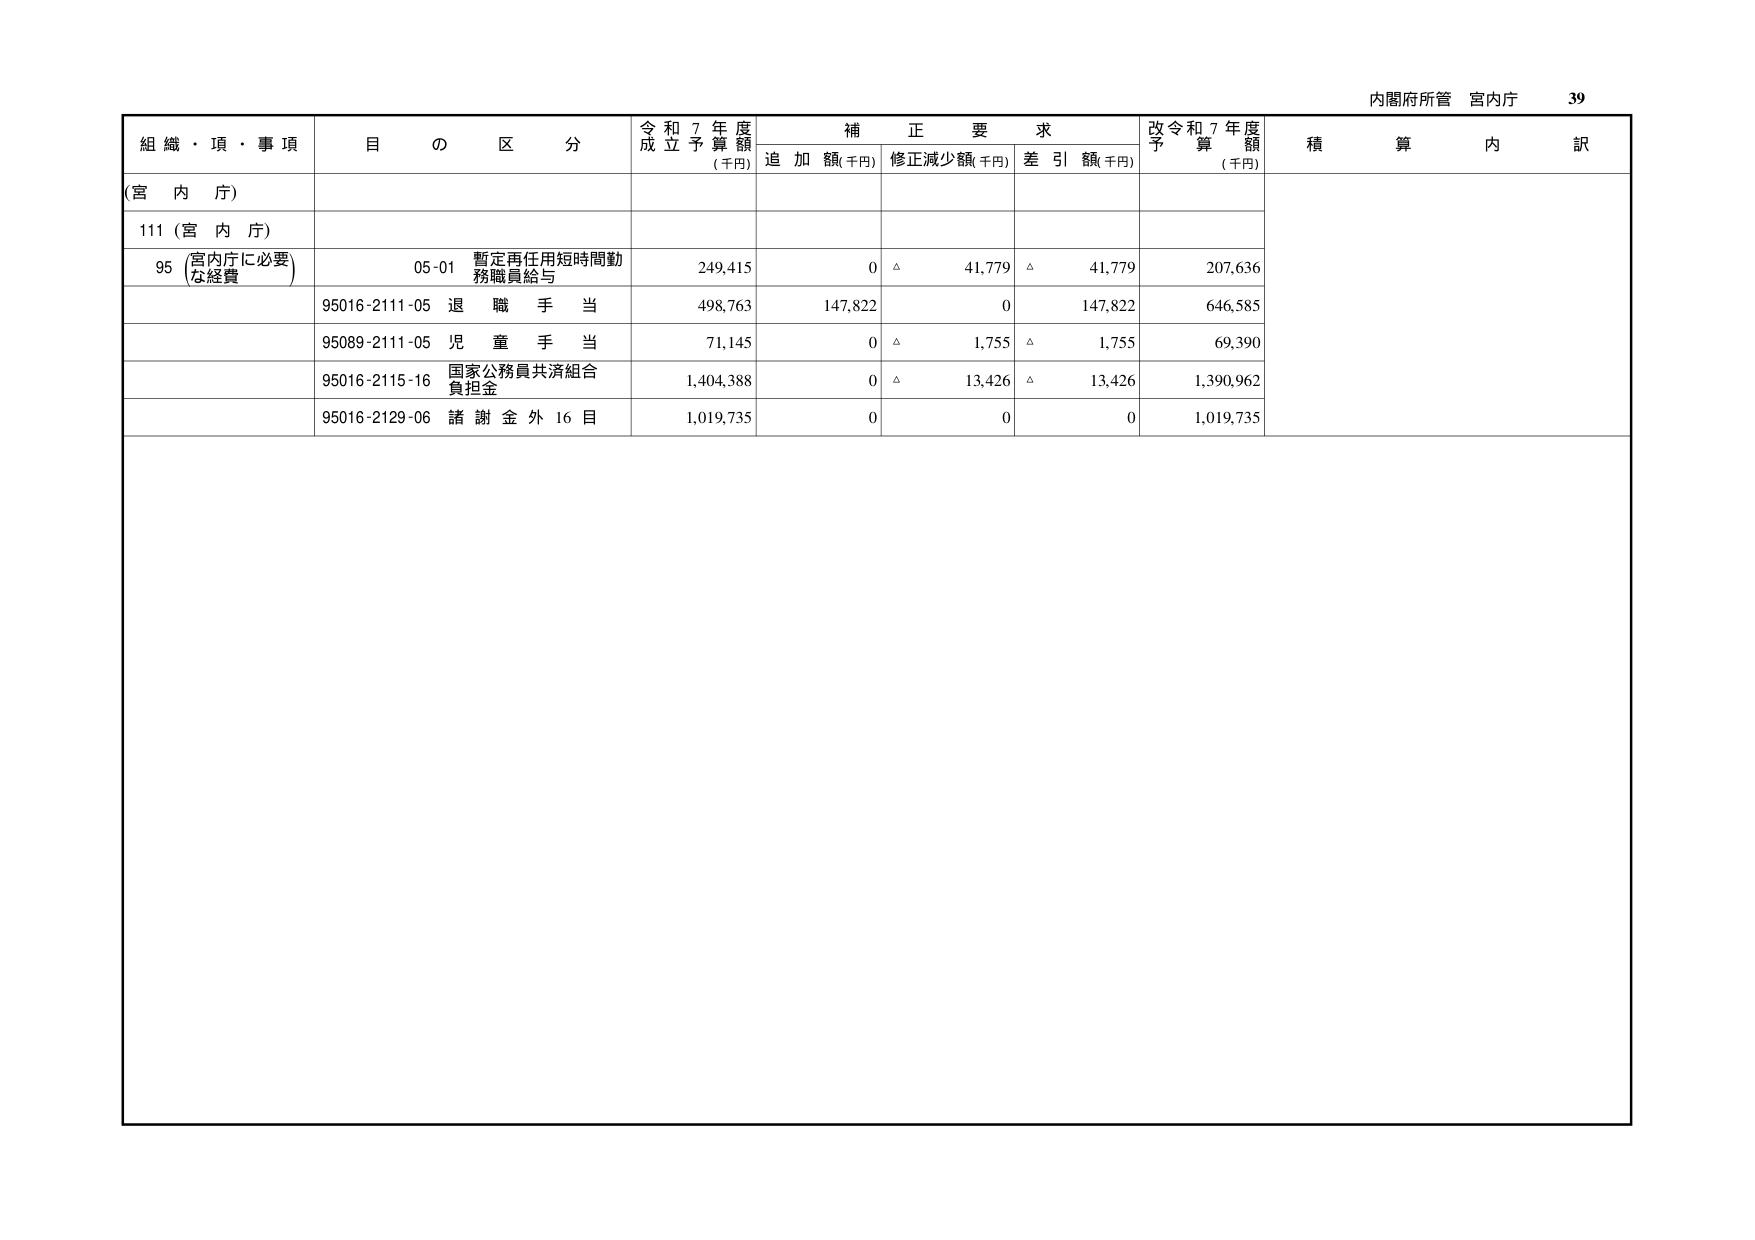
内閣府所管 宮内庁 39
組織・頂・事項 目の区分 令和7年度成立予算額(千円) 補正要求 追加額(千円) 修正減少額(千円) 差引額(千円) 改令和7年度予算額(千円) 積算内訳
(宮内庁)
111 (宮内庁)
95 (宮内庁に必要な経費) 05-01 暫定再任用短時間勤務職員給与 249,415 0 △ 41,779 △ 41,779 207,636
95016-2111-05 退職手当 498,763 147,822 0 147,822 646,585
95089-2111-05 児童手当 71,145 0 △ 1,755 △ 1,755 69,390
95016-2115-16 国家公務員共済組合負担金 1,404,388 0 △ 13,426 △ 13,426 1,390,962
95016-2129-06 諸謝金外16目 1,019,735 0 0 0 1,019,735